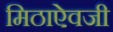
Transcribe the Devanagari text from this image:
मिठाऐवजी